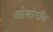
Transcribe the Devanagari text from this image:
ओलोमॉक